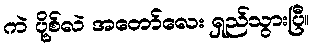
ကဲ ပို့စ်လဲ အတော်လေး ရှည်သွားပြီ။